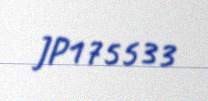
JP175533